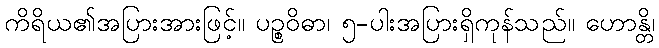
ကိရိယ၏အပြားအားဖြင့်။ ပဉ္စဝိဓာ၊ ၅-ပါးအပြားရှိကုန်သည်။ ဟောန္တိ၊